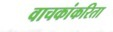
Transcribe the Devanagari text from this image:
वाचकांकरिता